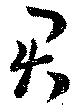
君